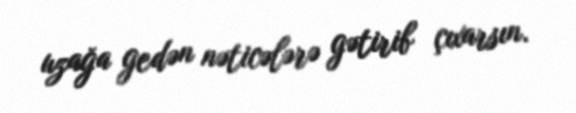
uzağa gedən nəticələrə gətirib çıxarsın.